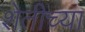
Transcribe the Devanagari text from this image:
शेतीच्‍या